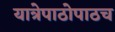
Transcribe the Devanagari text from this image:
यात्रेपाठोपाठच